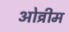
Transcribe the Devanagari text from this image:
ओव्रीम